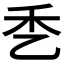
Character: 𰀹